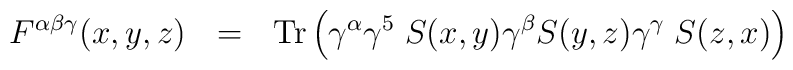
F^{\alpha \beta \gamma} (x,y,z) \ \ = \ \ {\rm Tr} \left(\gamma^\alpha \gamma^5 \; S(x,y) \gamma^\beta S(y,z) \gamma^\gamma \; S(z,x) \right)